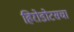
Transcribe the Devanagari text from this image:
हिरोडोटसचा